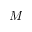
M